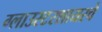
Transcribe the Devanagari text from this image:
ग्लाउस्टरशायरचे